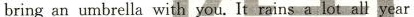
bringan umbrella with you. It rains a lot all year